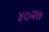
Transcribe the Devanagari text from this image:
४०२७